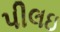
પીલઇ